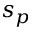
s _ { p }